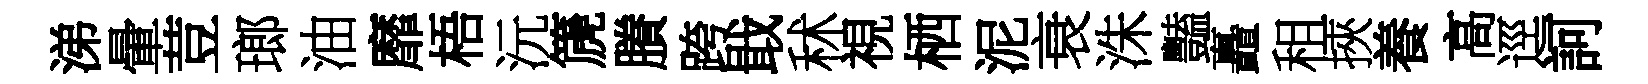
涕暈荳瑯油靡梧沅篪賸跨戢秫視栖泥衰洙豔矗租挾養高逕訶